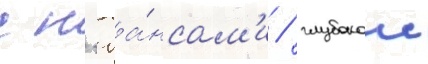
с н'юа́нсам'и / глубокои